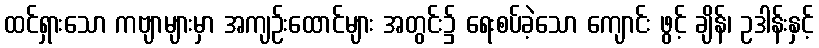
ထင်ရှားသော ကဗျာများမှာ အကျဉ်းထောင်များ အတွင်း၌ ရေးစပ်ခဲ့သော ကျောင်း ဖွင့် ချိန်၊ ဥဒါန်းနှင့်